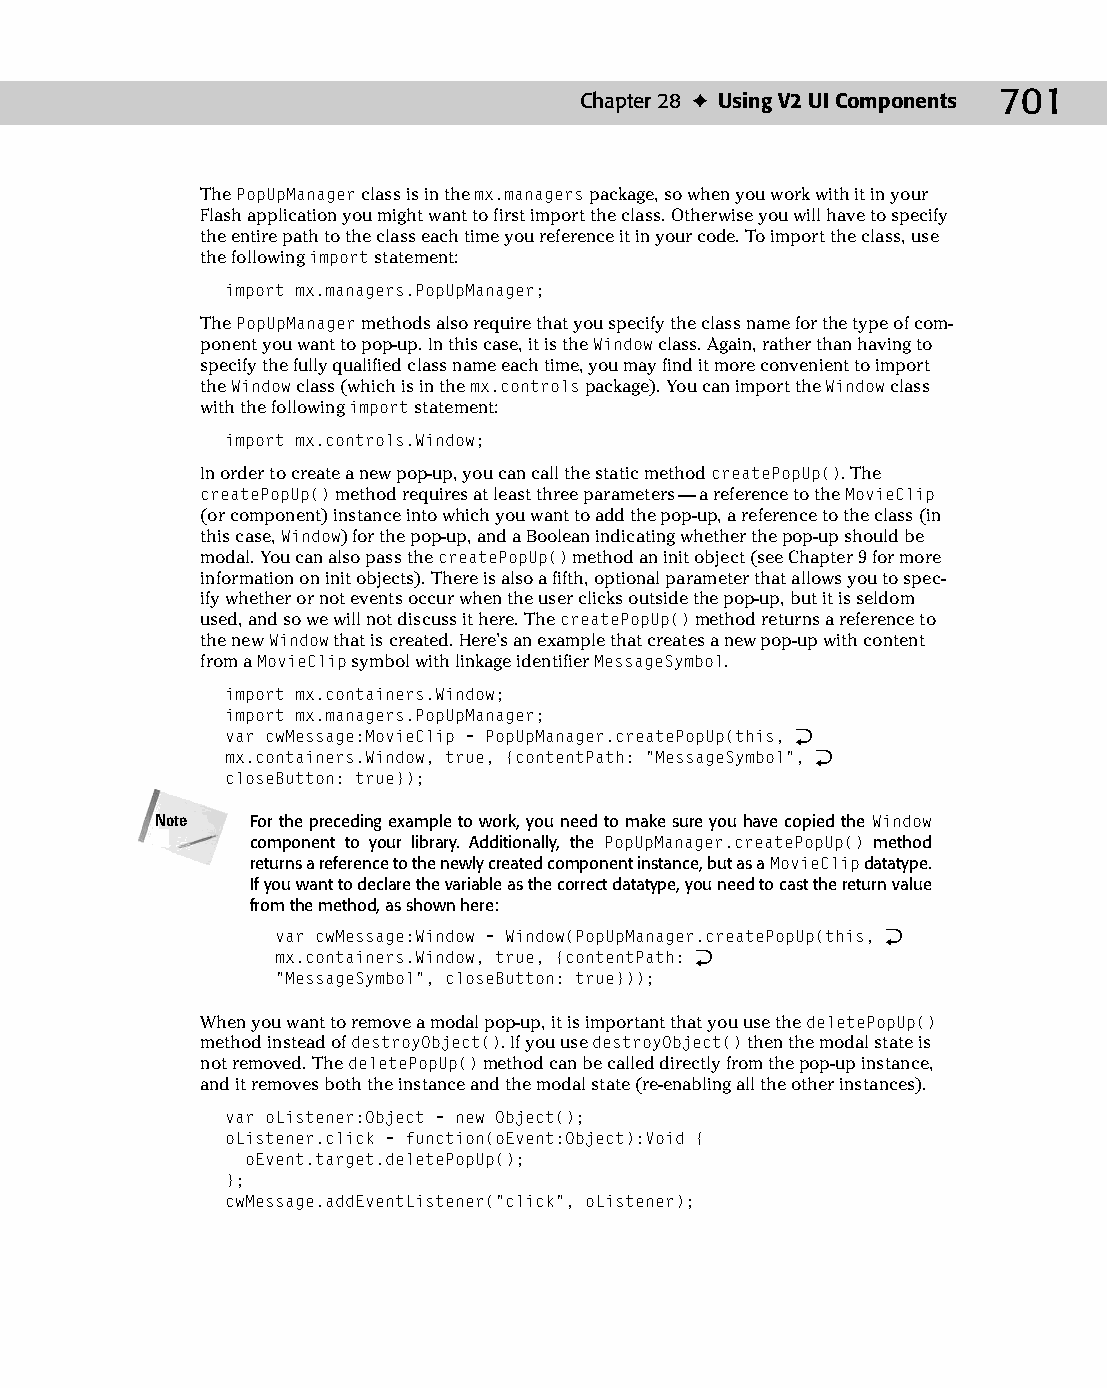
37 543547 ch28.qxd 3/24/04 4:08 PM Page 701
 Chapter 28 ✦ Using V2 UI Components 701
 The PopUpManager class is in the mx.managers package, so when you work with it in your
 Flash application you might want to first import the class. Otherwise you will have to specify
 the entire path to the class each time you reference it in your code. To import the class, use
 the following import statement:
 import mx.managers.PopUpManager;
 The PopUpManager methods also require that you specify the class name for the type of com­
 ponent you want to pop-up. In this case, it is the Window class. Again, rather than having to
 specify the fully qualified class name each time, you may find it more convenient to import
 the Window class (which is in the mx.controls package). You can import the Window class
 with the following import statement:
 import mx.controls.Window;
 In order to create a new pop-up, you can call the static method createPopUp(). The
 createPopUp() method requires at least three parameters — a reference to the MovieClip
 (or component) instance into which you want to add the pop-up, a reference to the class (in
 this case, Window) for the pop-up, and a Boolean indicating whether the pop-up should be
 modal. You can also pass the createPopUp() method an init object (see Chapter 9 for more
 information on init objects). There is also a fifth, optional parameter that allows you to spec­
 ify whether or not events occur when the user clicks outside the pop-up, but it is seldom
 used, and so we will not discuss it here. The createPopUp() method returns a reference to
 the new Window that is created. Here’s an example that creates a new pop-up with content
 from a MovieClip symbol with linkage identifier MessageSymbol.
 import mx.containers.Window;
 import mx.managers.PopUpManager;
 var cwMessage:MovieClip = PopUpManager.createPopUp(this, Æ
 mx.containers.Window, true, {contentPath: “MessageSymbol”, Æ
 closeButton: true});
 Note   For the preceding example to work, you need to make sure you have copied the Window
 component to your library. Additionally, the PopUpManager.createPopUp() method
 returns a reference to the newly created component instance, but as a MovieClip datatype.
 If you want to declare the variable as the correct datatype, you need to cast the return value
 from the method, as shown here:
 var cwMessage:Window = Window(PopUpManager.createPopUp(this, Æ
 mx.containers.Window, true, {contentPath: Æ
 “MessageSymbol”, closeButton: true}));
 When you want to remove a modal pop-up, it is important that you use the deletePopUp()
 method instead of destroyObject(). If you use destroyObject() then the modal state is
 not removed. The deletePopUp() method can be called directly from the pop-up instance,
 and it removes both the instance and the modal state (re-enabling all the other instances).
 var oListener:Object = new Object();
 oListener.click = function(oEvent:Object):Void {
 oEvent.target.deletePopUp();
 };
 cwMessage.addEventListener(“click”, oListener);